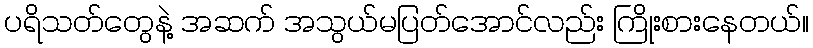
ပရိသတ်တွေနဲ့ အဆက် အသွယ်မပြတ်အောင်လည်း ကြိုးစားနေတယ်။